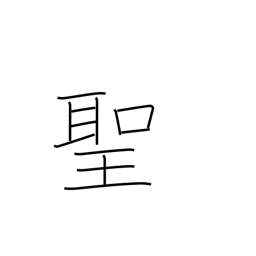
Meaning: priest